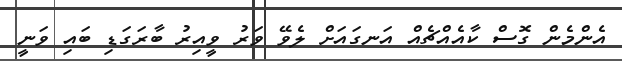
އެންމެން ގޮސް ކާއެއްޗެއް އަނގައަށް ލެވޭ ވަރު ވީއިރު ބާރަގަޑި ބައި ވަނީ